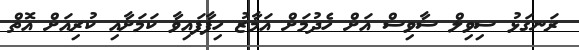
ރަނގަޅު ސިވިލް ސާވިސް އަށް ހެދުމަށް އަމާޒު ހިފާފައިވާ ކަމަށާއި ކުރިއަށް އޮތް